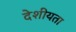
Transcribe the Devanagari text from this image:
देशीयता